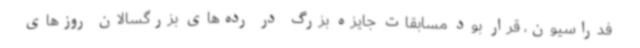
فدراسیون، قرار بود مسابقات جایزه بزرگ در رده‌های بزرگسالان روزهای